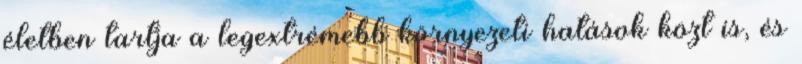
életben tartja a legextrémebb környezeti hatások közt is, és